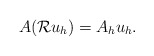
\begin{align*} A({\cal R}u_h)=A_hu_h.\end{align*}